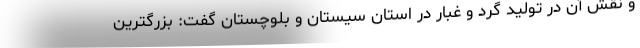
و نقش آن در تولید گرد و غبار در استان سیستان و بلوچستان گفت: بزرگترین